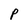
Character: P